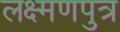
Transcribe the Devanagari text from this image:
लक्ष्मणपुत्र